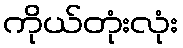
ကိုယ်တုံးလုံး